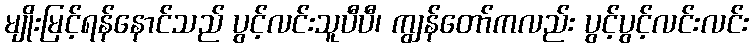
မျိုးမြင့်ရန်နောင်သည် ပွင့်လင်းသူပီပီ၊ ကျွန်တော်ကလည်း ပွင့်ပွင့်လင်းလင်း